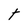
Character: t